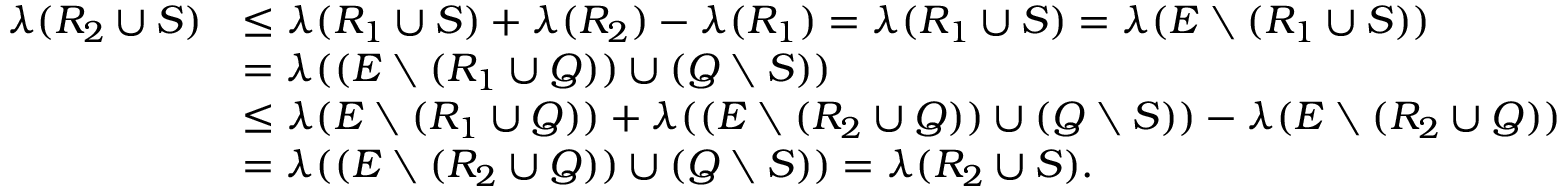
\begin{array} { r l } { \lambda ( R _ { 2 } \cup S ) } & { \leq \lambda ( R _ { 1 } \cup S ) + \lambda ( R _ { 2 } ) - \lambda ( R _ { 1 } ) = \lambda ( R _ { 1 } \cup S ) = \lambda ( E \setminus ( R _ { 1 } \cup S ) ) } \\ & { = \lambda ( ( E \setminus ( R _ { 1 } \cup Q ) ) \cup ( Q \setminus S ) ) } \\ & { \leq \lambda ( E \setminus ( R _ { 1 } \cup Q ) ) + \lambda ( ( E \setminus ( R _ { 2 } \cup Q ) ) \cup ( Q \setminus S ) ) - \lambda ( E \setminus ( R _ { 2 } \cup Q ) ) } \\ & { = \lambda ( ( E \setminus ( R _ { 2 } \cup Q ) ) \cup ( Q \setminus S ) ) = \lambda ( R _ { 2 } \cup S ) . } \end{array}